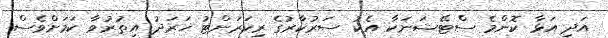
އަދި އަޅާ ކޮންމެ ސްޓޭޝަނަކާ އެކު ސަރުކާރުގެ ރިކަރަންޓު ޚަރަދު އިތުރުވާ ކަމަށްވެސް